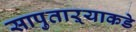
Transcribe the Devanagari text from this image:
सापुताऱ्याकडे